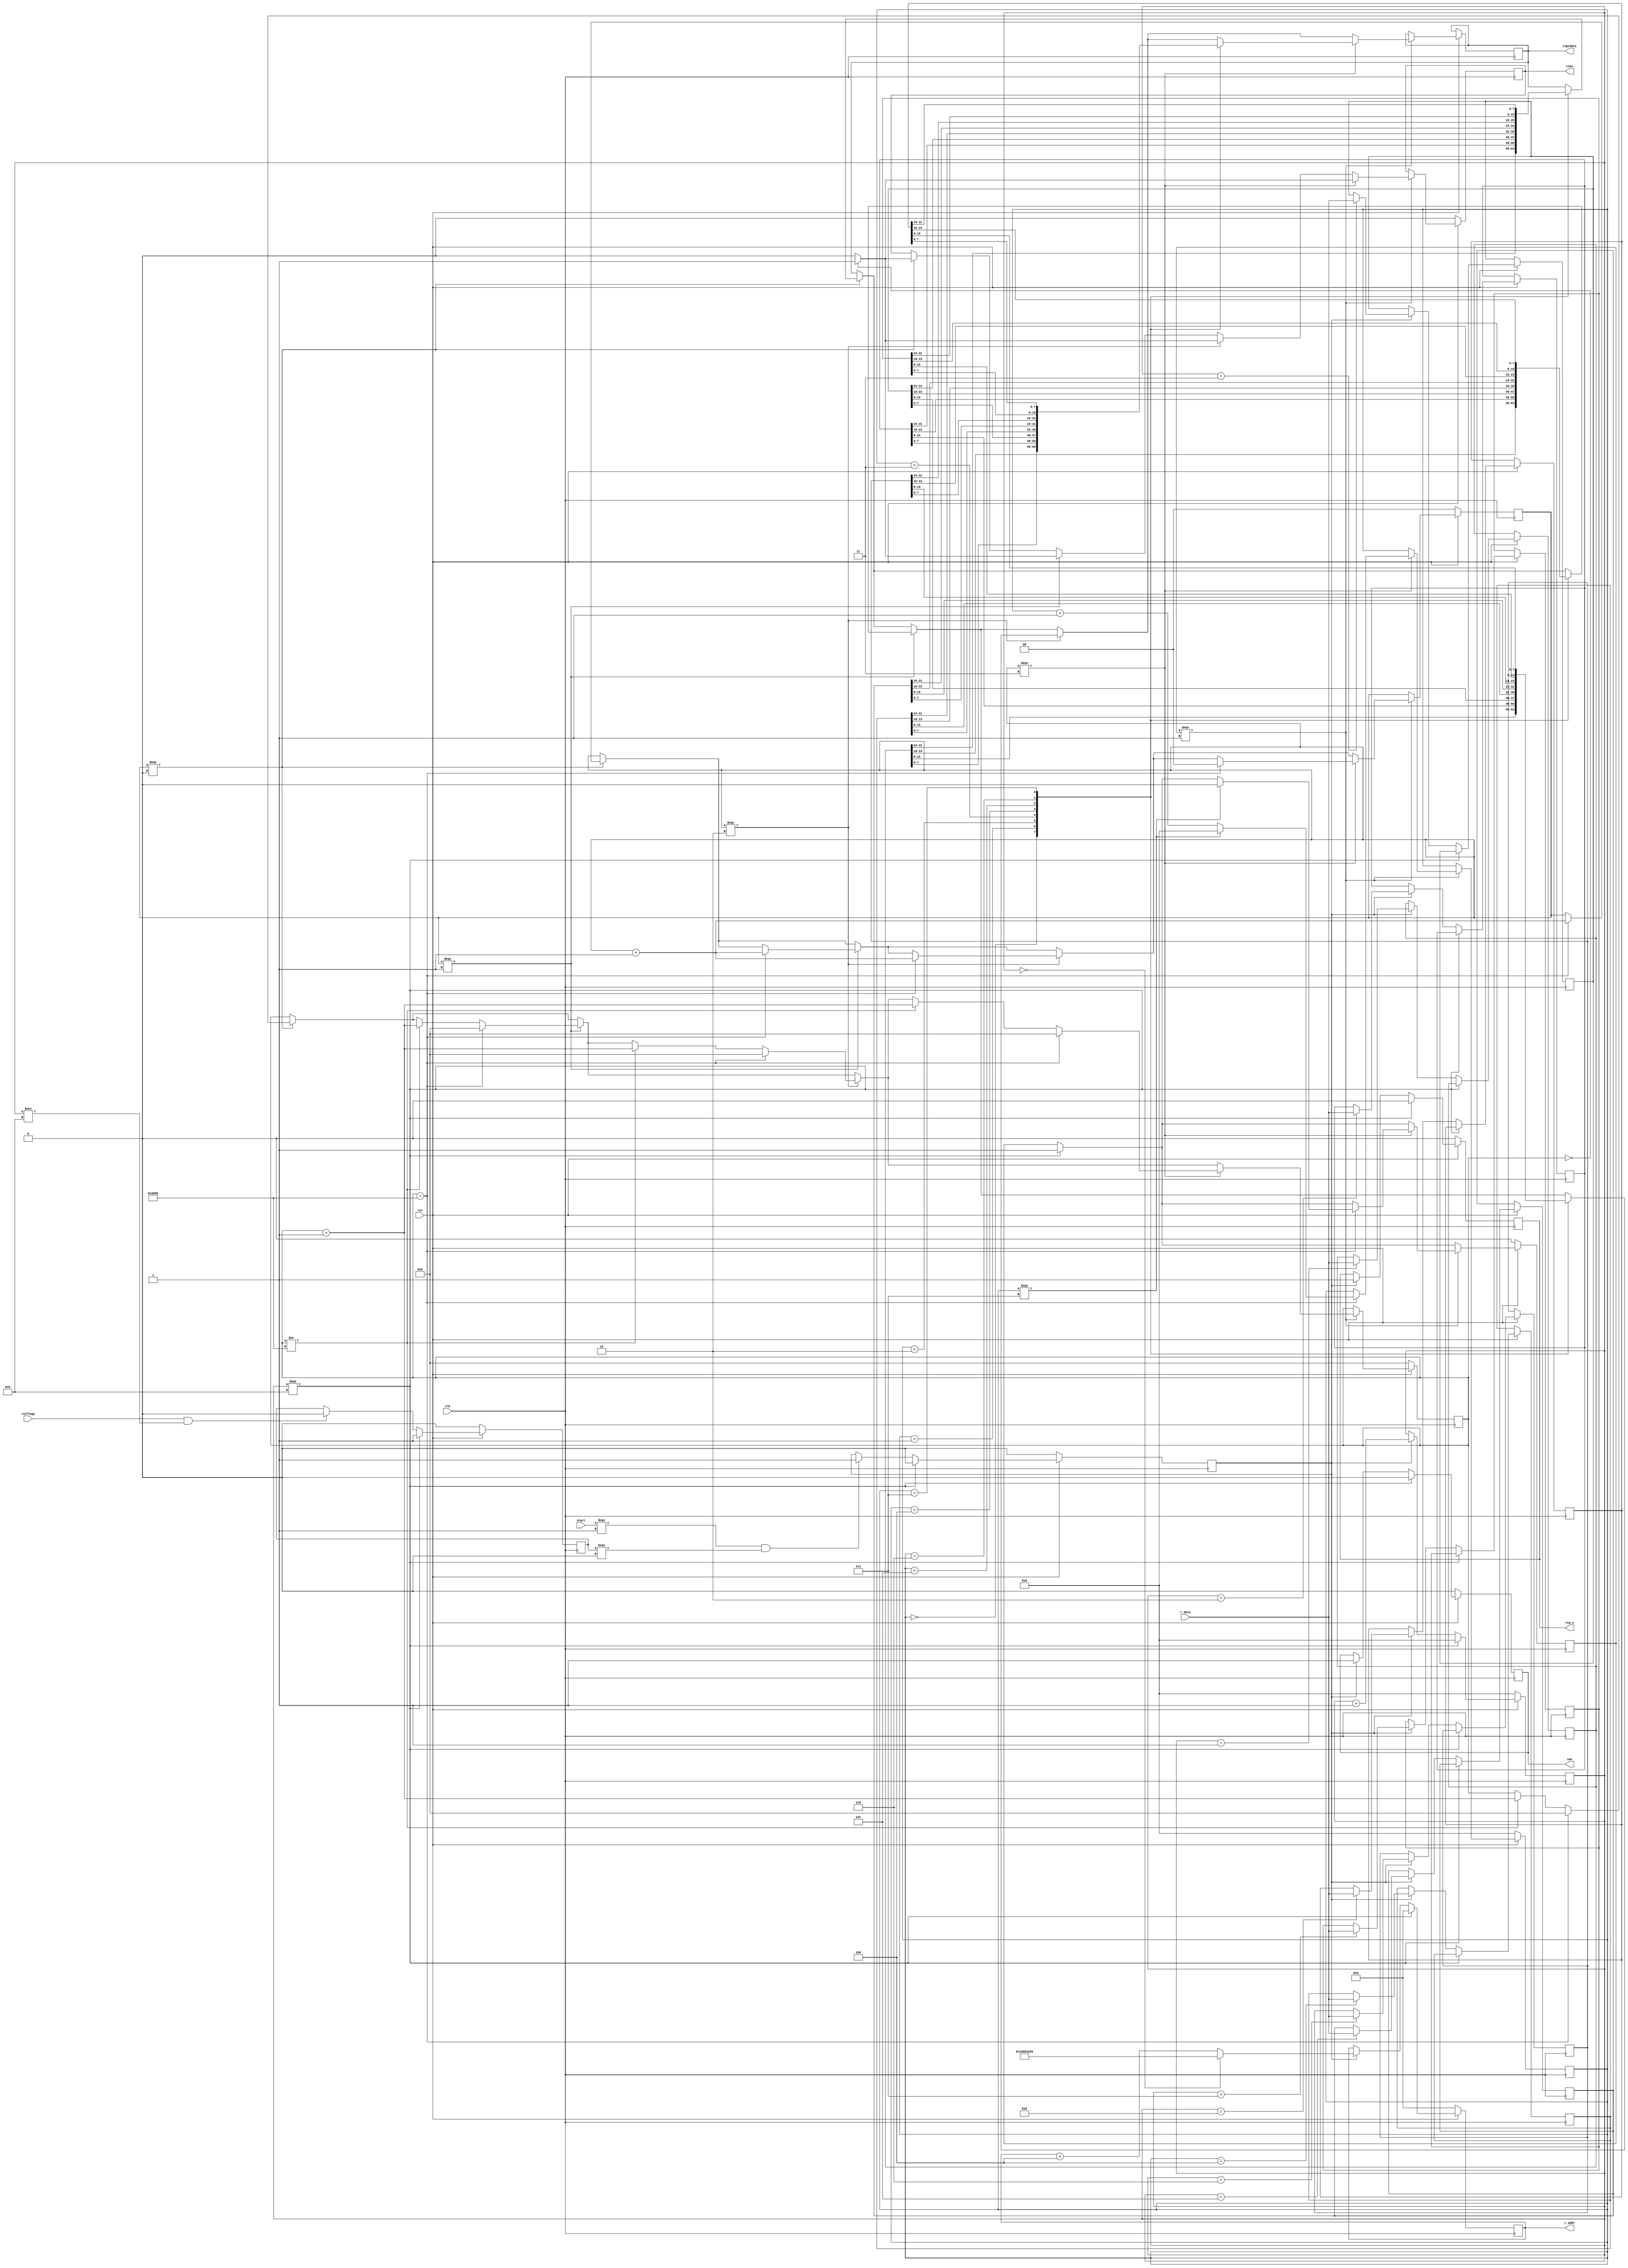
module ztopc (
    input clk,
	input rst,
    input start,
    input [31:0]r_data,
    input rstflagz,

    output reg req_o,
    output reg zwe,
    output reg [31:0] r_addr,
    output reg txen,
    output reg [7:0] txpcdata
    
);
    reg busy;
    reg [3:0]flag;
    reg [31:0] zero0;
    reg [31:0] one1;
    reg [31:0] zz2;
    reg [31:0] zz3;
    reg [31:0] zz4;
    reg [31:0] zz5;
    reg [31:0] zz6;
    reg [31:0] zz7;
    reg starttx;
    reg [13:0]clkcount;
    reg [1:0] bitcount;
    reg [3:0]txflag;
    reg busyone;
    always@(posedge clk ) begin
		if(!rst) begin          //
            r_addr <= 0;
            flag<=0;
            zwe<= 0;
            busy<=0;
            req_o<=0;
            bitcount<=0;
            clkcount<=0;
            txflag<=0;
            busyone<=0;
            starttx<=0;
            txen<=0;
        end 
        else begin
            if(rstflagz ==1 && flag !== 4'b1001)begin
                busyone<=0;
            end
            if(start === 1 && busyone===0 )begin
                busy <=1;
            end
            if(flag === 4'b1001)begin
                r_addr <= 0;
                flag<=0;
                zwe<= 0;
                busy<=0;
                req_o<=0;
                starttx <=1;
                busyone<=1;
            end else if(busy ==1) begin
                req_o <=1;
                zwe<=1;
                if(flag == 0)begin
                    r_addr <= 31'h10003A20;
                    
                end else begin
                    r_addr<=r_addr+4;
                end
                
                case (flag)
                    'd0: begin
                    end
                    'd1: begin
                        zero0 <=r_data;
                    end
                    'd2: begin
                        one1 <=r_data;
                    end
                    'd3: begin
                        zz2 <=r_data;
                    end
                    'd4: begin
                        zz3 <=r_data;
                    end
                    'd5: begin
                        zz4<=r_data;
                    end
                    'd6: begin
                        zz5 <=r_data;
                    end
                    'd7: begin
                        zz6<=r_data;
                    end
                    'd8: begin
                        zz7<=r_data;
                    end
                    default:   ;
                endcase
                flag <= flag+1;
            end


            if(starttx === 1)begin
               
                if(bitcount ===0)begin
                    
                    if (clkcount != 14'b11000010010000) begin ///13'b1000001001000
                        clkcount<=clkcount+1;
                    end
                    if(clkcount == 0)begin
                        txen <=1;
                        
                    end else begin
                        txen <=0;
                    end
                    if(clkcount == 14'b11000010010000)begin
                        bitcount<= bitcount+1;
                        clkcount<=0;
                        
                    end
                    case (txflag)
                        'd0: begin
                            txpcdata<=zero0[31:24];
                        end
                        'd1: begin
                            txpcdata<=one1[31:24];
                        end
                        'd2: begin
                            txpcdata<=zz2[31:24];
                        end
                        'd3: begin
                            txpcdata<=zz3[31:24];
                        end
                        'd4: begin
                            txpcdata<=zz4[31:24];
                        end
                        'd5: begin
                            txpcdata<=zz5[31:24];
                        end
                        'd6: begin
                            txpcdata<=zz6[31:24];
                        end
                        'd7: begin
                            txpcdata<=zz7[31:24];
                        end
                        default:   ;
                    endcase
                end 
                if(bitcount ===1) begin
              
                    if (clkcount != 14'b11000010010000) begin ///13'b1000001001000
                        clkcount<=clkcount+1;
                    end
                    if(clkcount == 0)begin
                        txen <=1;
                        
                    end else begin
                        txen <=0;
                    end
                    if(clkcount == 14'b11000010010000)begin
                        bitcount<= bitcount+1;
                        clkcount<=0;
                   
                    end
                    case (txflag)
                        'd0: begin
                            txpcdata<=zero0[23:16];
                        end
                        'd1: begin
                            txpcdata<=one1[23:16];
                        end
                        'd2: begin
                            txpcdata<=zz2[23:16];
                        end
                        'd3: begin
                            txpcdata<=zz3[23:16];
                        end
                        'd4: begin
                            txpcdata<=zz4[23:16];
                        end
                        'd5: begin
                            txpcdata<=zz5[23:16];
                        end
                        'd6: begin
                            txpcdata<=zz6[23:16];
                        end
                        'd7: begin
                            txpcdata<=zz7[23:16];
                        end
                        default:   ;
                    endcase
                end 
                if(bitcount ===2) begin
                   
                    if (clkcount != 14'b11000010010000) begin ///13'b1000001001000
                        clkcount<=clkcount+1;
                    end
                    if(clkcount == 0)begin
                        txen <=1;
                        
                    end else begin
                        txen <=0;
                    end
                    if(clkcount == 14'b11000010010000)begin
                        bitcount<= bitcount+1;
                        clkcount<=0;
                   
                    end
                    case (txflag)
                        'd0: begin
                            txpcdata<=zero0[15:8];
                        end
                        'd1: begin
                            txpcdata<=one1[15:8];
                        end
                        'd2: begin
                            txpcdata<=zz2[15:8];
                        end
                        'd3: begin
                            txpcdata<=zz3[15:8];
                        end
                        'd4: begin
                            txpcdata<=zz4[15:8];
                        end
                        'd5: begin
                            txpcdata<=zz5[15:8];
                        end
                        'd6: begin
                            txpcdata<=zz6[15:8];
                        end
                        'd7: begin
                            txpcdata<=zz7[15:8];
                        end
                        default:   ;
                    endcase
                end 
                if(bitcount ===3) begin
                    txen <=1;
                    
                    if(clkcount == 0)begin
                        txen <=1;
                        
                    end else begin
                        txen <=0;
                    end
                    case (txflag)
                        'd0: begin
                            txpcdata<=zero0[7:0];
                        end
                        'd1: begin
                            txpcdata<=one1[7:0];
                        end
                        'd2: begin
                            txpcdata<=zz2[7:0];
                        end
                        'd3: begin
                            txpcdata<=zz3[7:0];
                        end
                        'd4: begin
                            txpcdata<=zz4[7:0];
                        end
                        'd5: begin
                            txpcdata<=zz5[7:0];
                        end
                        'd6: begin
                            txpcdata<=zz6[7:0];
                        end
                        'd7: begin
                            txpcdata<=zz7[7:0];
                        end
                        default:   ;
                    endcase
                    if (clkcount != 14'b11000010010000) begin
                        clkcount<=clkcount+1;
                    end
                    if(clkcount == 14'b11000010010000)begin
                        clkcount<=0;
                        bitcount<= 0;
                    
                        if(txflag === 7)begin
                            txflag<=0;
                            starttx<=0;
                      
                        end else begin
                            txflag <= txflag+1;
                        end
                        
                    end
                    
                end
                
            end

            


        end

    end
    
endmodule